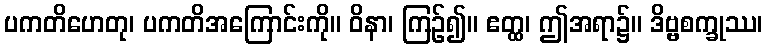
ပကတိဟေတု၊ ပကတိအကြောင်းကို။ ဝိနာ၊ ကြဉ်၍။ ဧတ္ထ၊ ဤအရာ၌။ ဒိဗ္ဗစက္ခုဿ၊